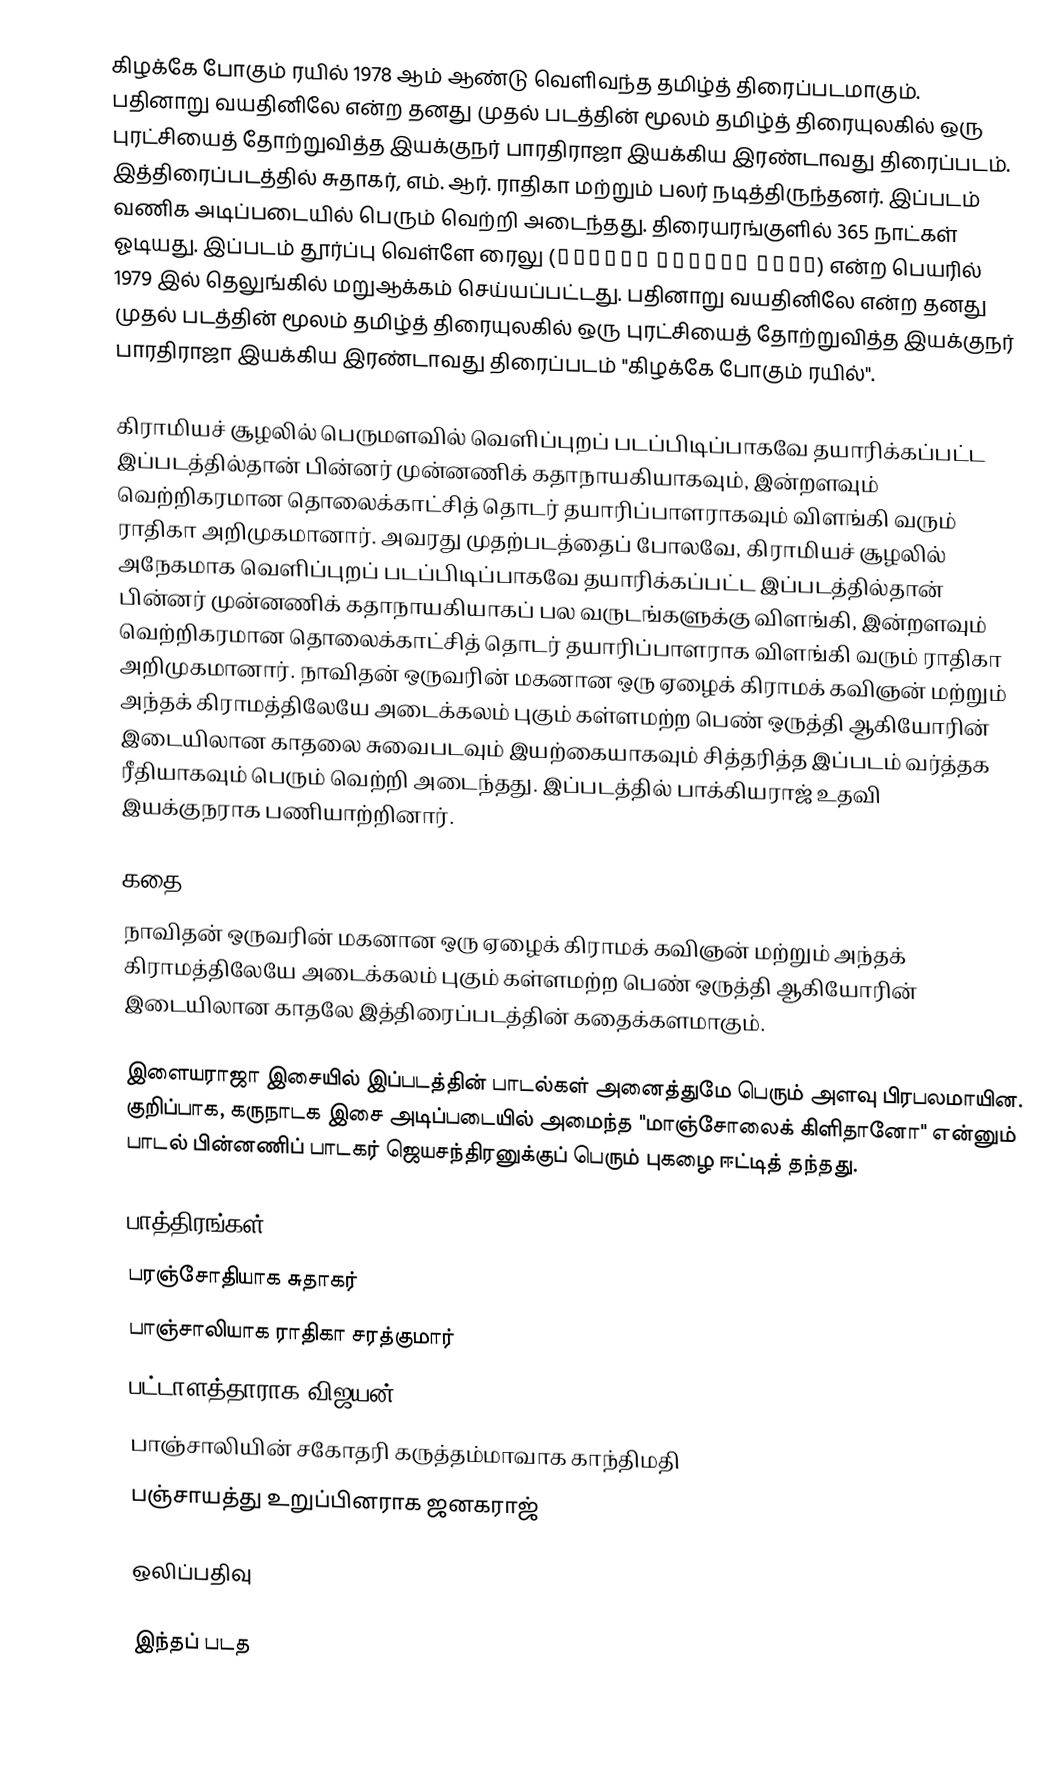
கிழக்கே போகும் ரயில் 1978 ஆம் ஆண்டு வெளிவந்த தமிழ்த் திரைப்படமாகும். பதினாறு வயதினிலே என்ற தனது முதல் படத்தின் மூலம் தமிழ்த் திரையுலகில் ஒரு புரட்சியைத் தோற்றுவித்த இயக்குநர் பாரதிராஜா இயக்கிய இரண்டாவது திரைப்படம். இத்திரைப்படத்தில் சுதாகர், எம். ஆர். ராதிகா மற்றும் பலர் நடித்திருந்தனர். இப்படம் வணிக அடிப்படையில் பெரும் வெற்றி அடைந்தது. திரையரங்குளில் 365 நாட்கள் ஓடியது. இப்படம் தூர்ப்பு வெள்ளே ரைலு (తూర్పు వెళ్ళే రైలు) என்ற பெயரில் 1979 இல் தெலுங்கில் மறுஆக்கம் செய்யப்பட்டது. பதினாறு வயதினிலே என்ற தனது முதல் படத்தின் மூலம் தமிழ்த் திரையுலகில் ஒரு புரட்சியைத் தோற்றுவித்த இயக்குநர் பாரதிராஜா இயக்கிய இரண்டாவது திரைப்படம் "கிழக்கே போகும் ரயில்".

கிராமியச் சூழலில் பெருமளவில் வெளிப்புறப் படப்பிடிப்பாகவே தயாரிக்கப்பட்ட இப்படத்தில்தான் பின்னர் முன்னணிக் கதாநாயகியாகவும், இன்றளவும் வெற்றிகரமான தொலைக்காட்சித் தொடர் தயாரிப்பாளராகவும் விளங்கி வரும் ராதிகா அறிமுகமானார். அவரது முதற்படத்தைப் போலவே, கிராமியச் சூழலில் அநேகமாக வெளிப்புறப் படப்பிடிப்பாகவே தயாரிக்கப்பட்ட இப்படத்தில்தான் பின்னர் முன்னணிக் கதாநாயகியாகப் பல வருடங்களுக்கு விளங்கி, இன்றளவும் வெற்றிகரமான தொலைக்காட்சித் தொடர் தயாரிப்பாளராக விளங்கி வரும் ராதிகா அறிமுகமானார். நாவிதன் ஒருவரின் மகனான ஒரு ஏழைக் கிராமக் கவிஞன் மற்றும் அந்தக் கிராமத்திலேயே அடைக்கலம் புகும் கள்ளமற்ற பெண் ஒருத்தி ஆகியோரின் இடையிலான காதலை சுவைபடவும் இயற்கையாகவும் சித்தரித்த இப்படம் வர்த்தக ரீதியாகவும் பெரும் வெற்றி அடைந்தது. இப்படத்தில் பாக்கியராஜ் உதவி இயக்குநராக பணியாற்றினார்.

கதை
நாவிதன் ஒருவரின் மகனான ஒரு ஏழைக் கிராமக் கவிஞன் மற்றும் அந்தக் கிராமத்திலேயே அடைக்கலம் புகும் கள்ளமற்ற பெண் ஒருத்தி ஆகியோரின் இடையிலான காதலே இத்திரைப்படத்தின் கதைக்களமாகும்.

இளையராஜா இசையில் இப்படத்தின் பாடல்கள் அனைத்துமே பெரும் அளவு பிரபலமாயின. குறிப்பாக, கருநாடக இசை அடிப்படையில் அமைந்த "மாஞ்சோலைக் கிளிதானோ" என்னும் பாடல் பின்னணிப் பாடகர் ஜெயசந்திரனுக்குப் பெரும் புகழை ஈட்டித் தந்தது.

பாத்திரங்கள்
பரஞ்சோதியாக சுதாகர்
பாஞ்சாலியாக ராதிகா சரத்குமார்
பட்டாளத்தாராக விஜயன்
பாஞ்சாலியின் சகோதரி கருத்தம்மாவாக காந்திமதி
பஞ்சாயத்து உறுப்பினராக ஜனகராஜ்

ஒலிப்பதிவு

இந்தப் படத